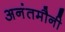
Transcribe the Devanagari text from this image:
अनंतमौनी